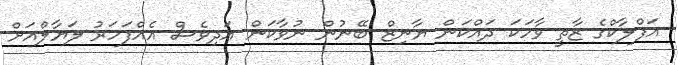
އަފްލާކްގެ ޒާތީ ވާހަކަ ދައްކަން ޔާނިޒް ބޭނުން ނުވާކަން އަދިވެސް އެއްފަހަރު ލަޔާލްއަށް